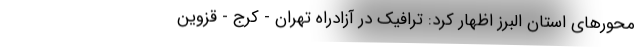
محورهای استان البرز اظهار کرد: ترافیک در آزادراه تهران - کرج - قزوین